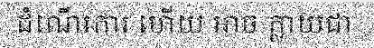
ដំណើរការ ហើយ អាច ក្លាយជា